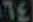
TE